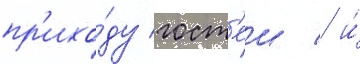
пр'ихо́ду гост'еи / и́